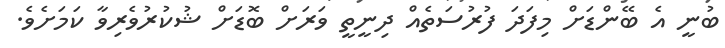
ބުނީ އެ ބޭންޑަށް މިފަދަ ފުރުސަތެއް ދިނީތީ ވަރަށް ބޮޑަށް ޝުކުރުވެރިވާ ކަމަށެވެ.